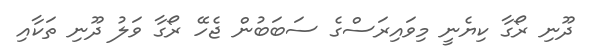
ދޫނި ރޯގާ ކިޔެނީ މިވައިރަސްގެ ސަބަބުން ޖެހޭ ރޯގާ ވަލު ދޫނި ތަކާއި